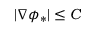
| \nabla \phi _ { * } | \le C